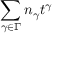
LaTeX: \sum _ { \gamma \in \Gamma } n _ { \gamma } t ^ { \gamma }